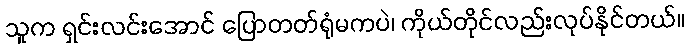
သူက ရှင်းလင်းအောင် ပြောတတ်ရုံမကပဲ၊ ကိုယ်တိုင်လည်းလုပ်နိုင်တယ်။